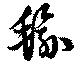
毹